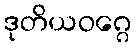
ဒုတိယဝဂ္ဂေ